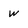
Character: w